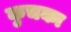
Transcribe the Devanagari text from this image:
कुचका